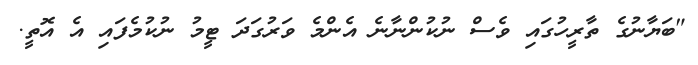
"ބަޔާނުގެ ތާރީހުގައި ވެސް ނުކުންނާނެ އެންމެ ވަރުގަދަ ޓީމު ނުކުމެފައި އެ އޮތީ.